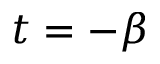
t = - \beta